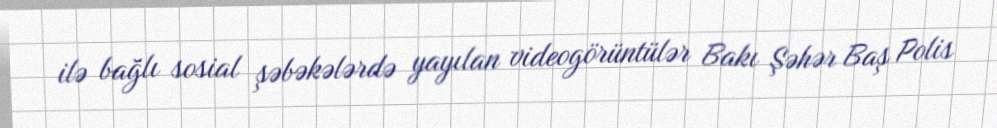
ilə bağlı sosial şəbəkələrdə yayılan videogörüntülər Bakı Şəhər Baş Polis